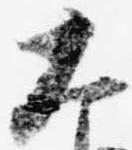
大